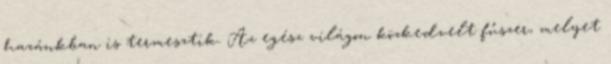
hazánkban is termesztik. Az egész világon közkedvelt fűszer, melyet